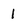
Character: 1